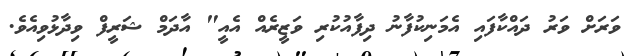
ވަރަށް ވަރު ދައްކާފައި އެމަނިކުފާނު ދިފާއުކުރި ވަޒީރެއް އެއީ" އާދަމް ޝަރީފް ވިދާޅުވިއެވެ.